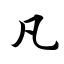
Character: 凡